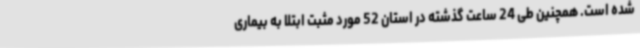
شده است. همچنین طی 24 ساعت گذشته در استان 52 مورد مثبت ابتلا به بیماری